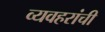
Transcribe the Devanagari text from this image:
व्यवहरांची